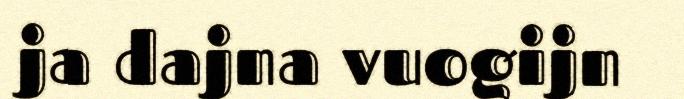
ja dajna vuogijn